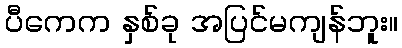
ပီကေက နှစ်ခု အပြင်မကျန်ဘူး။